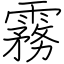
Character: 霧